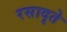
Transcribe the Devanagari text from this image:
रसादृते